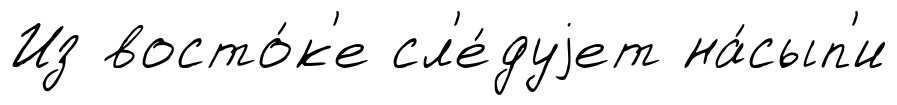
Из восто́к'е сл'е́дуjет на́сып'и